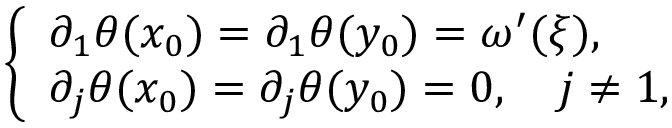
\left\{ \begin{array} { l l } { \partial _ { 1 } \theta ( x _ { 0 } ) = \partial _ { 1 } \theta ( y _ { 0 } ) = \omega ^ { \prime } ( \xi ) , } \\ { \partial _ { j } \theta ( x _ { 0 } ) = \partial _ { j } \theta ( y _ { 0 } ) = 0 , \quad j \neq 1 , } \end{array} \right.